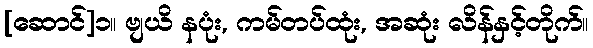
[ဆောင်]၁။ ဗျယိ နပုံး, ကမ်တပ်ထုံး, အဆုံး လိန်နှင့်တိုက်။